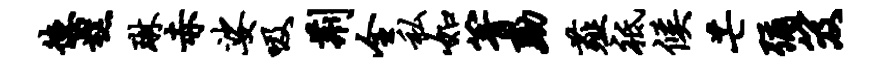
德糕琳赤娑吸荆全私如箐黝薤祗候芒弥笈